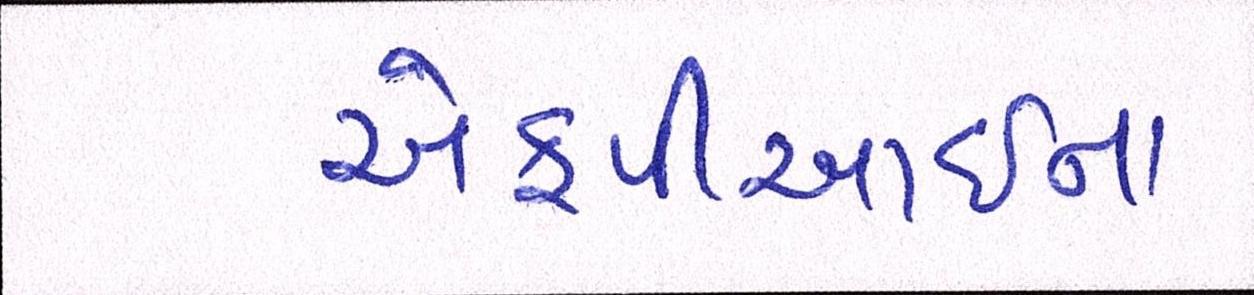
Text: એફપીઆઇના